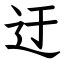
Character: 迂